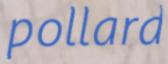
pollard